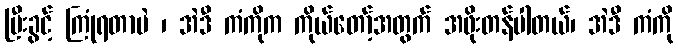
မြီးခွင့် ကြုံရတာပဲ ၊ အဲဒီ ကံကိုက ကိုယ်တော့်အတွက် အဖိုးတန်ပါတယ်၊ အဲဒီ ကံကို